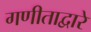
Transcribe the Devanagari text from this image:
गणीताद्वारे